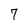
Character: 7